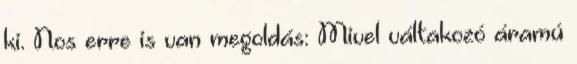
ki. Nos erre is van megoldás: Mivel váltakozó áramú